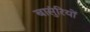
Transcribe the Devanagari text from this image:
बासुंरियों